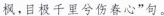
枫，目极千里兮伤春心"句。